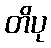
တိပု